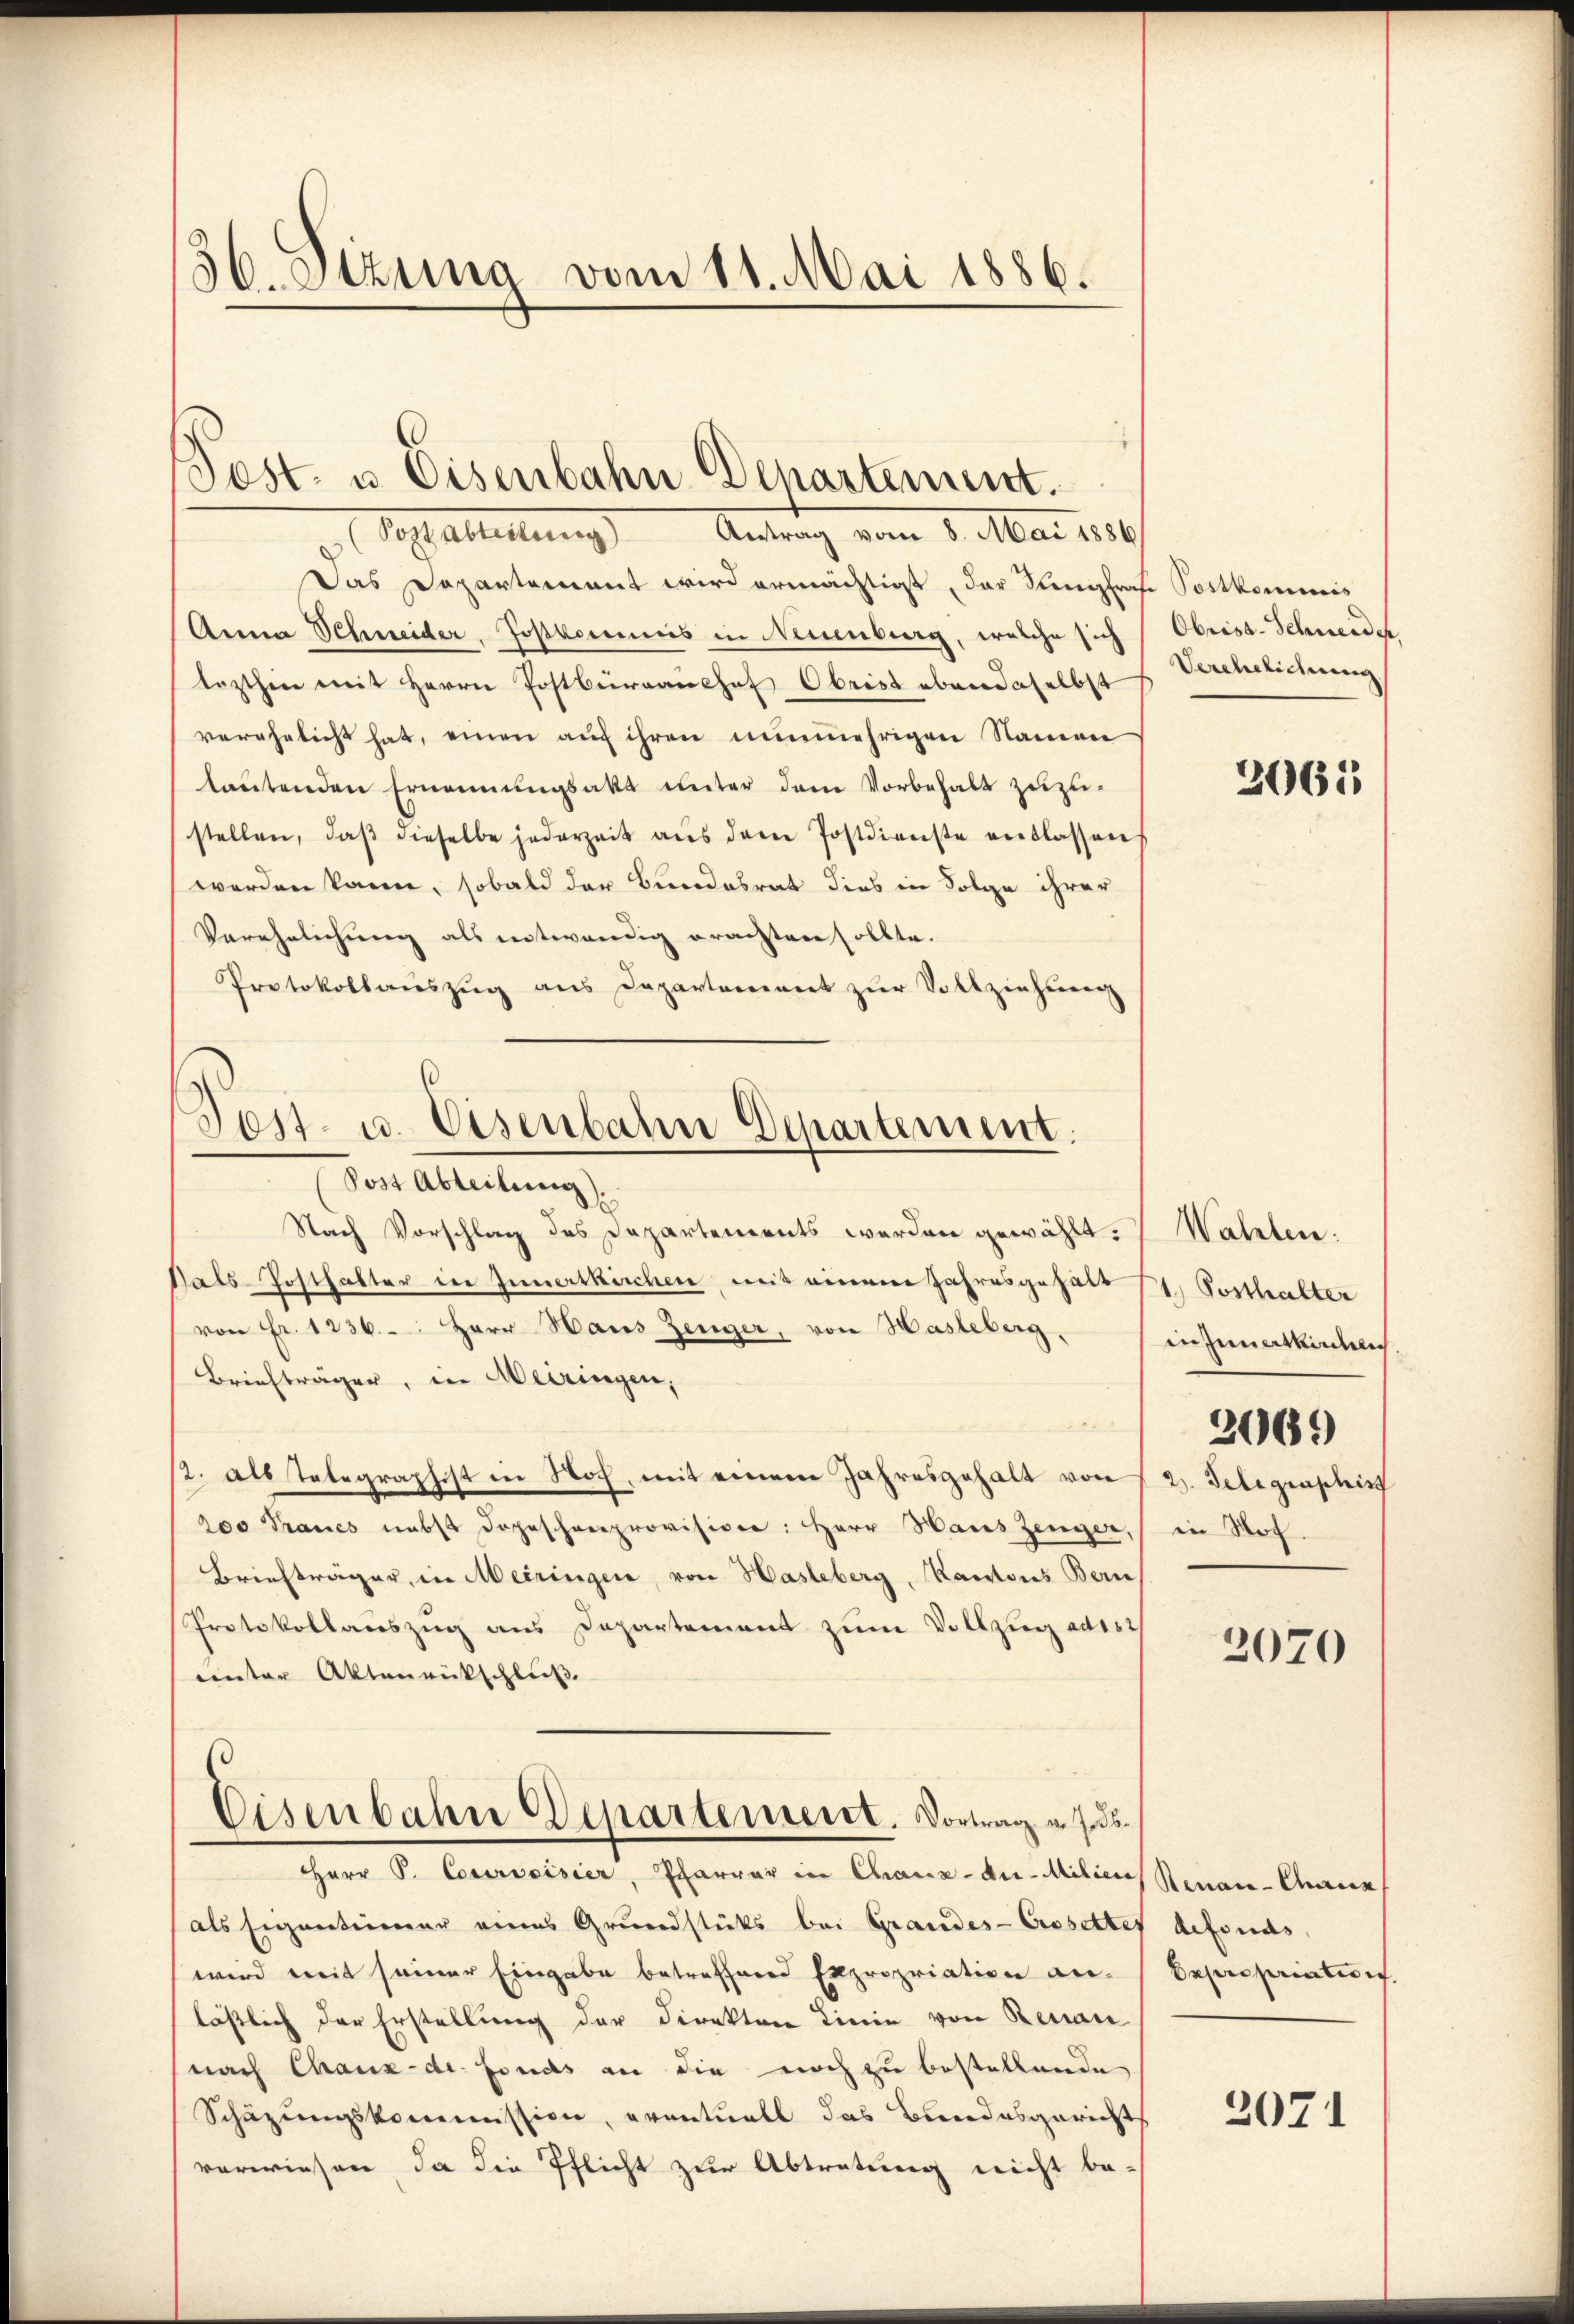
36. Sizung vom 11. Mai 1886.

Post- u. Eisenbahn Departement.
Stalleitung Antrag vom 1. Mai 1850.

Das Departement wird ermächtigt, der Sungfrafe Postkommis
Anna Schneider, Jostkommis in Neuenburg, welche sich
lezthin mit Herrn Postbürganshof Obrist ebendaselbst
verehelicht hat, einen auf ihren nunmehrigen Namen
lautenden Ernennungsakt unter dem Vorbehalt zuzustellen, daβ dieselbe jederzeit aus dem Postdienste entlassen
werden kann, sobald der Bundesrat dies in Folge ihrer
Verehelichung als entwendig erachten sollte.
Protokollauszug aus Departement zŭr Vollziehung

Sest- u. Eisenbahn Departement.
Sost Abteilung).

Nach Vorschlag des Departements werden gewählt. Walten:
Bals-Posthalter in Innertkirchen, mit einem Jahresgehalt
von Fr. 1236. Herr Haus Zeuger, von Hasleberg,
Briefträger, in Meiringen,
/. als Telegraphist in Noch, mit einem Jahresgehalt von 12. Gelegraphis
200 Francs nebst dopeschenprovision: Herr Haus Zeuger, in Nof.
Briefträger, in Meiringen, von Hasleberg, Kantons Bern
Protokollauszug aus Departement zum Vollzug des
unter Aktenrückschluß
Eisenbahn Departement. Vortrag u. ds.
Herr P. Courvoisier, Pfarrer in Chaux-de-Milien Renai-Charak
als Eigenteiener eines Grundstücks bei Grandes-Crosetter defonds,
wird weit seiner Eingabe betreffend Expropriation an. Depresariation.
läßlich der Erstellung der Direkten Linie von Renau
(nach Chaux-de-Fonds an die noch zu bestellende
Schazungskommission, eventuell das Bundesgerichts
verwiesen, da die Pflicht zur Abtretung nicht be¬

Obriss. Schwerde,
Verehelichung

2065

1) Posthalter
in Innertkirchen
2069

2070

2071